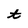
Character: t